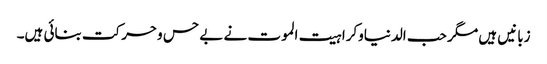
زبانیں ہیں مگر حب الدنیاوکراہیت الموت نے بے حس وحرکت بنائی ہیں۔